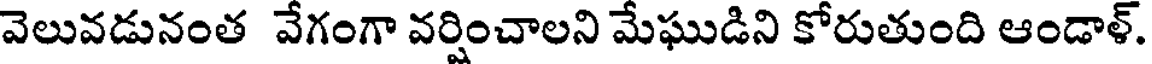
వెలువడునంత వేగంగా వర్షించాలని మేఘుడిని కోరుతుంది ఆండాళ్